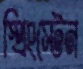
স্প্রিংস্টেন